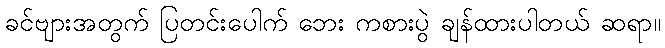
ခင်ဗျားအတွက် ပြတင်းပေါက် ဘေး ကစားပွဲ ချန်ထားပါတယ် ဆရာ။